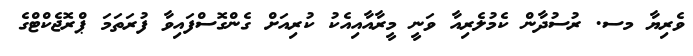
ވެރިޔާ މސ. ރުސުދާން ކެމުލެރިއާ ވަނީ މީރާއާއިއެކު ކުރިއަށް ގެންގޮސްފައިވާ ފުރަތަމަ ޕްރޮޖެކްޓްގެ